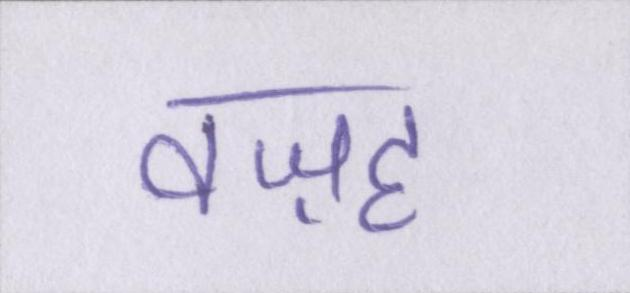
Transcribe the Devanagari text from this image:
वज़ह